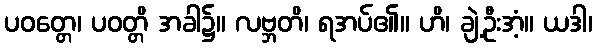
ပဝတ္တေ၊ ပဝတ္တိ အခါ၌။ လဗ္ဘတိ၊ ရအပ်၏။ ဟိ၊ ချဲ့ဦးအံ့။ ယဒါ၊